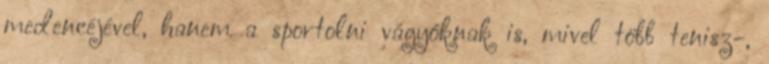
medencéjével, hanem a sportolni vágyóknak is, mivel több tenisz-,